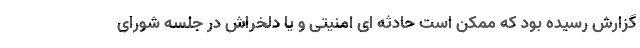
گزارش رسیده بود که ممکن است حادثه ای امنیتی و یا دلخراش در جلسه شورای